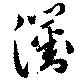
瀏